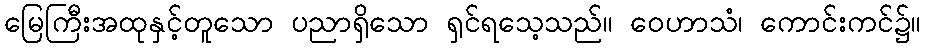
မြေကြီးအထုနှင့်တူသော ပညာရှိသော ရှင်ရသေ့သည်။ ဝေဟာသံ၊ ကောင်းကင်၌။